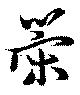
策